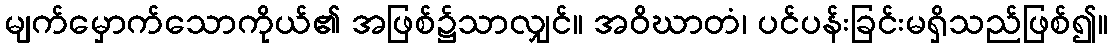
မျက်မှောက်သောကိုယ်၏ အဖြစ်၌သာလျှင်။ အဝိဃာတံ၊ ပင်ပန်းခြင်းမရှိသည်ဖြစ်၍။